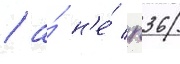
/ а́ н'е́ п36